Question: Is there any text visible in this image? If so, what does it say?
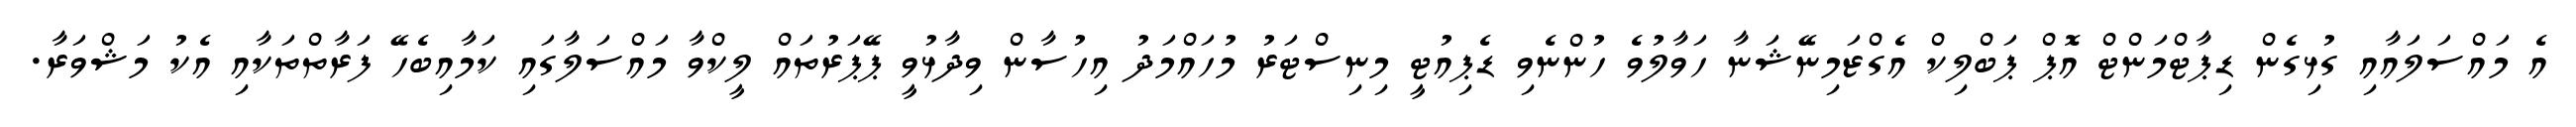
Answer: އެ މައްސަލައާއި ގުޅިގެން ޑިޕާޓްމަންޓް އޮޕް ޕަބްލިކް އެގްޒަމިނޭޝަނާ ހަވާލުވެ ހުންނެވި ޑެޕިއުޓީ މިނިސްޓަރު މުހައްމަދު އިހުސާން ވިދާޅުވީ ޕޭޕަރުތައް ލީކްވާ މައްސަލާގައި ކަމާއިބެހޭ ފަރާތްތަކާއި އެކު މަޝްވަރާ.